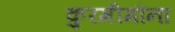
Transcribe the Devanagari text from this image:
कुरमीमौना